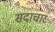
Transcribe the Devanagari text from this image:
सदाचारः